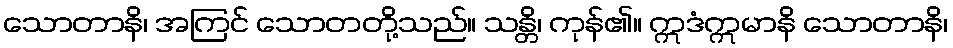
သောတာနိ၊ အကြင် သောတတို့သည်။ သန္တိ၊ ကုန်၏။ ဣဒံဣမာနိ သောတာနိ၊